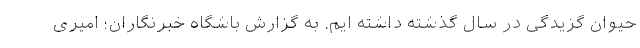
حیوان گزیدگی در سال گذشته داشته ایم. به گزارش باشگاه خبرنگاران؛ امیری